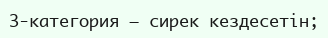
3-категория – сирек кездесетін;